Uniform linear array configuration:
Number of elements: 12
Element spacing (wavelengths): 1
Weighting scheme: blackman
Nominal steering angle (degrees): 15
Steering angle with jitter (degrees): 15.776
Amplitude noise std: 0.05
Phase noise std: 0.05

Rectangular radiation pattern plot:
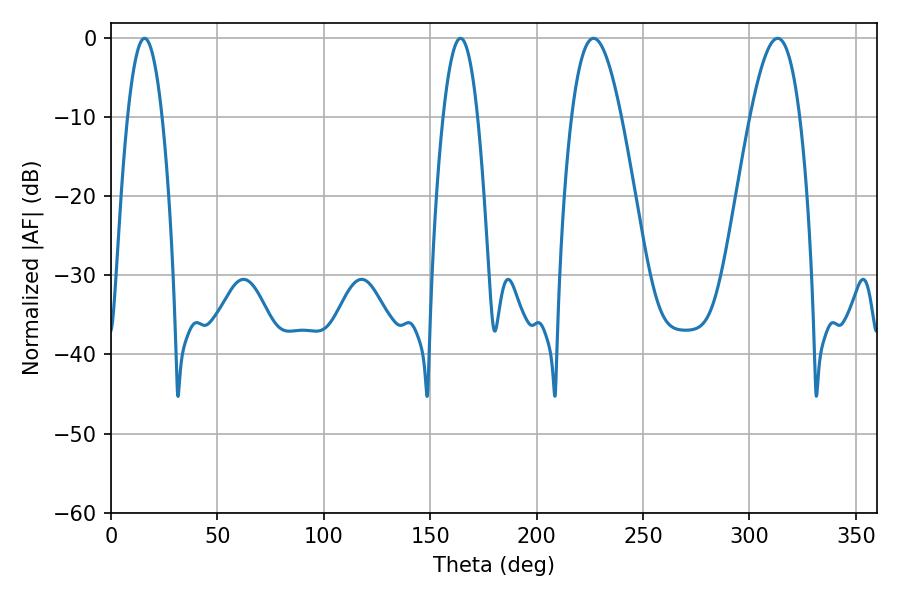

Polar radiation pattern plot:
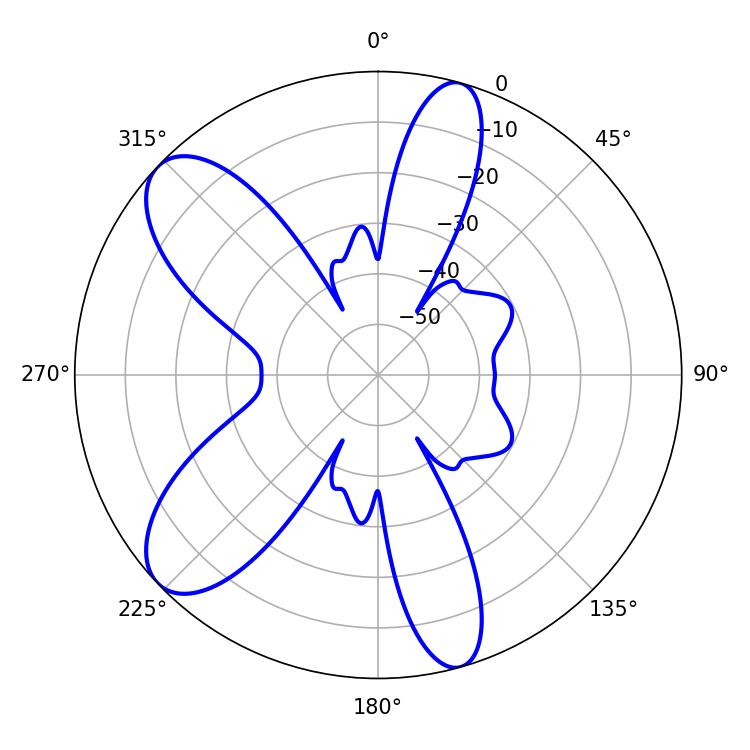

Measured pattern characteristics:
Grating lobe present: TRUE
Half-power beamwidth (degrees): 12.6
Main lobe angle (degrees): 226.8